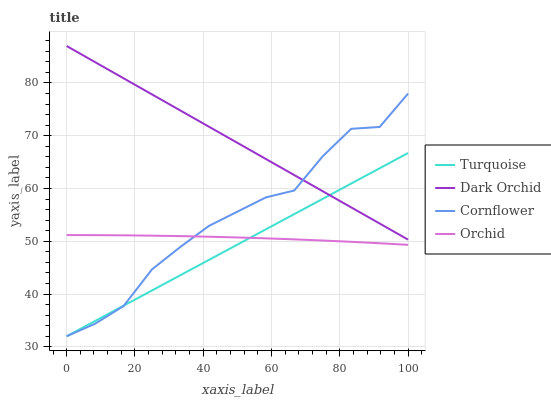
| xaxis_label | Turquoise | Dark Orchid | Cornflower | Orchid |
 | --- | --- | --- | --- | --- |
 | 0 | 32 | 87 | 32 | 51.2 |
 | 8.33 | 34.9 | 83.9 | 34.4 | 51.2 |
 | 16.7 | 37.8 | 80.9 | 37.7 | 51.1 |
 | 25 | 40.7 | 77.8 | 44.7 | 51.1 |
 | 33.3 | 43.6 | 74.8 | 48.9 | 51 |
 | 41.7 | 46.5 | 71.7 | 52.9 | 50.9 |
 | 50 | 49.4 | 68.7 | 55.6 | 50.7 |
 | 58.3 | 52.3 | 65.6 | 58.3 | 50.6 |
 | 66.7 | 55.1 | 62.5 | 59.6 | 50.4 |
 | 75 | 58 | 59.5 | 66.1 | 50.1 |
 | 83.3 | 60.9 | 56.4 | 71.3 | 49.9 |
 | 91.7 | 63.8 | 53.4 | 71.7 | 49.6 |
 | 100 | 66.7 | 50.3 | 78 | 49.3 |